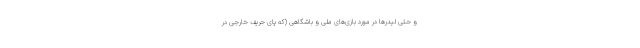
و حتی لیدرها در مورد بازی‌های ملی و باشگاهی (که پای حریف خارجی در